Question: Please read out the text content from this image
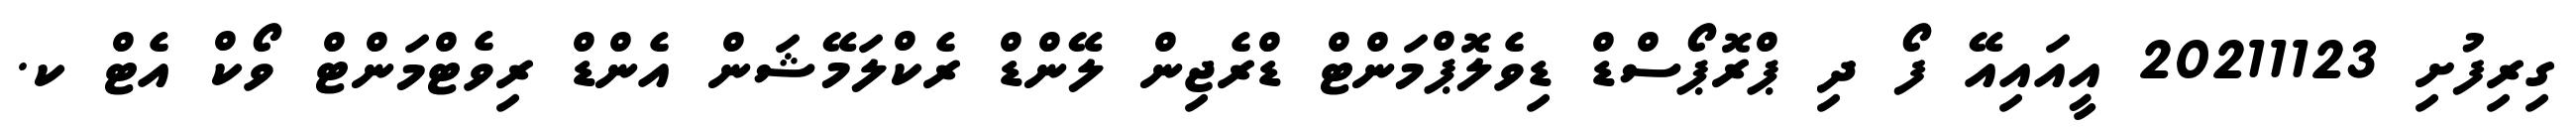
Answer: ގިރިފުށި 20211123 އީއައިއޭ ފޯ ދި ޕްރޮޕޯސްޑް ޑިވެލޮޕްމަންޓް ޑްރެޖިން ލޭންޑް ރެކްލަމޭޝަން އެންޑް ރިވެޓްމަންޓް ވޯކް އެޓް ކ.